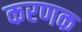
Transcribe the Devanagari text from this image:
करणक